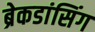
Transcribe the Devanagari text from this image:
ब्रेकडांसिंग